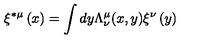
\xi ^ { * \mu } \left( x \right) = \int d y \Lambda _ { \nu } ^ { \mu } ( x , y ) \xi ^ { \nu } \left( y \right)